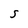
Character: S